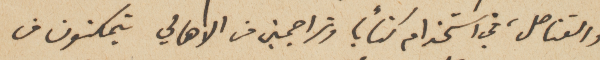
والقناصل، في استخدام كتاباً وتراجمين من الاهالي يتمكنون من